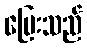
ပြေးသည်